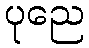
ပုညေ